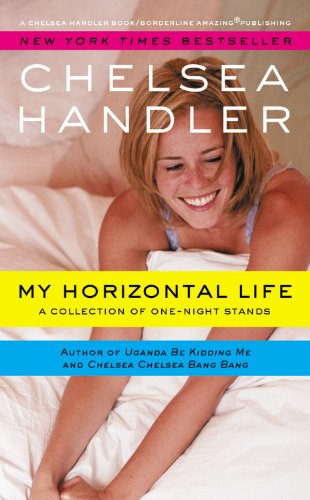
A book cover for My Horizontal Life: A Collection of One Night Stands; Chelsea Handler; Humor & Entertainment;